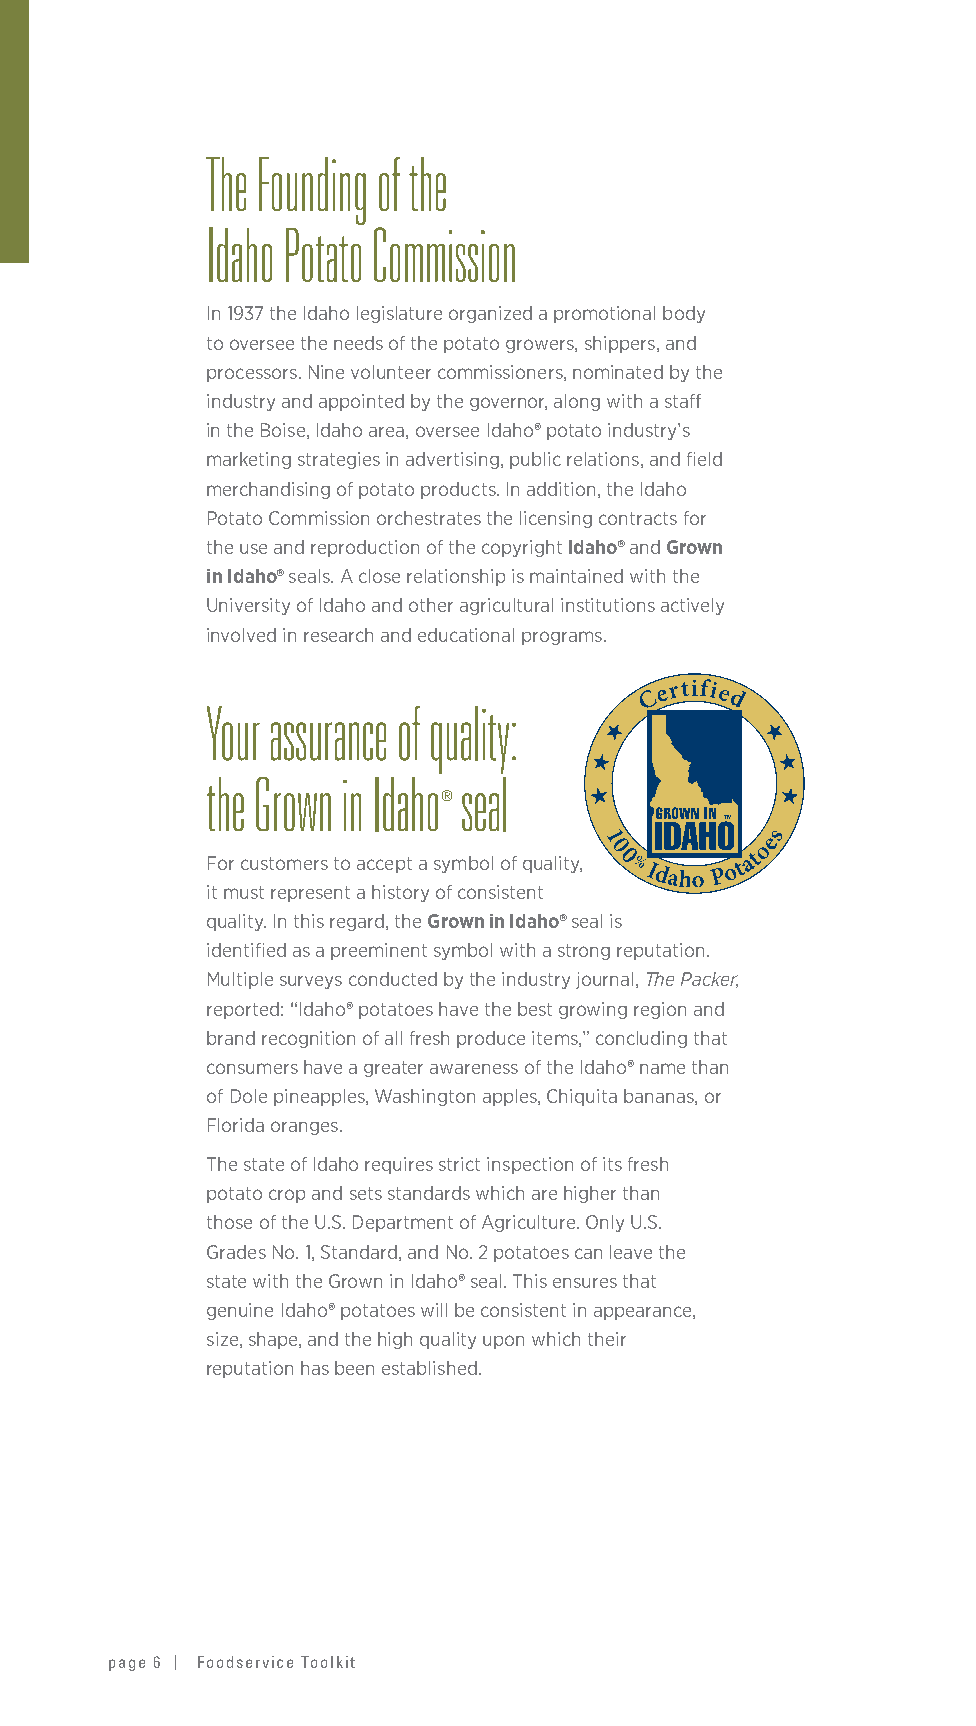
The Founding of the
 Idaho Potato Commission
 In 1937 the Idaho legislature organized a promotional body
 to oversee the needs of the potato growers, shippers, and
 processors. Nine volunteer commissioners, nominated by the
 industry and appointed by the governor, along with a staff
 in the Boise, Idaho area, oversee Idaho® potato industry’s
 marketing strategies in advertising, public relations, and field
 merchandising of potato products. In addition, the Idaho
 Potato Commission orchestrates the licensing contracts for
 the use and reproduction of the copyright Idaho® and Grown
 in Idaho® seals. A close relationship is maintained with the
 University of Idaho and other agricultural institutions actively
 involved in research and educational programs.
 Your assurance of quality:
 the Grown in Idaho seal
 ®
 For customers to accept a symbol of quality,
 it must represent a history of consistent
 quality. In this regard, the Grown in Idaho® seal is
 identified as a preeminent symbol with a strong reputation.
 Multiple surveys conducted by the industry journal, The Packer,
 reported: “Idaho® potatoes have the best growing region and
 brand recognition of all fresh produce items,” concluding that
 consumers have a greater awareness of the Idaho® name than
 of Dole pineapples, Washington apples, Chiquita bananas, or
 Florida oranges.
 The state of Idaho requires strict inspection of its fresh
 potato crop and sets standards which are higher than
 those of the U.S. Department of Agriculture. Only U.S.
 Grades No. 1, Standard, and No. 2 potatoes can leave the
 state with the Grown in Idaho® seal. This ensures that
 genuine Idaho® potatoes will be consistent in appearance,
 size, shape, and the high quality upon which their
 reputation has been established.
 page 6 | Foodservice Toolkit